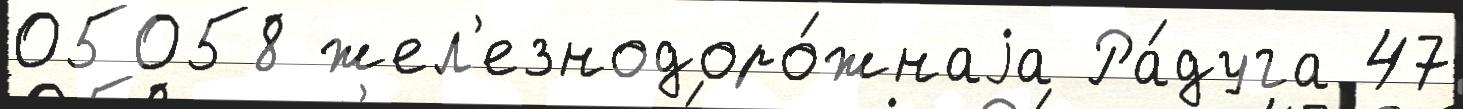
05058 жел'езнодоро́жнаjа Ра́дуга 47